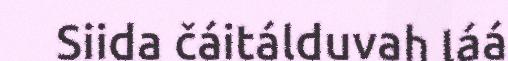
Siida čáitálduvah láá